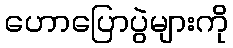
ဟောပြောပွဲများကို